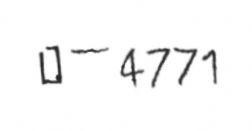
№ — 4771